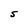
Character: S